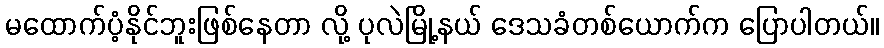
မထောက်ပံ့နိုင်ဘူးဖြစ်နေတာ လို့ ပုလဲမြို့နယ် ဒေသခံတစ်ယောက်က ပြောပါတယ်။